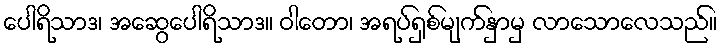
ပေါရိသာဒ၊ အဆွေပေါရိသာဒ။ ဝါတော၊ အရပ်ရှစ်မျက်နှာမှ လာသောလေသည်။